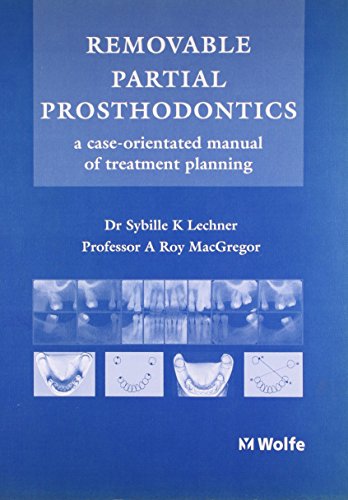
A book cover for Removable Partial Prosthodontics: A Case-Orientated Manual of Treatment Planning; A. Roy MacGregor; Medical Books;